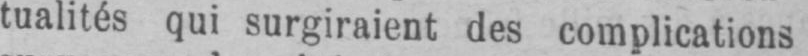
tualités qui surgiraient des complications